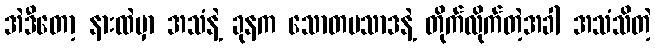
အဲဒီတော့ နားထဲမှာ အသံနဲ့ ခုနက သောတပသာဒနဲ့ တိုက်လိုက်တဲ့အခါ အသံသိတဲ့